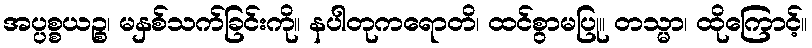
အပ္ပစ္စယဉ္စ၊ မနှစ်သက်ခြင်းကို။ နပါတုကရောတိ၊ ထင်စွာမပြု။ တသ္မာ၊ ထိုကြောင့်။